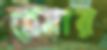
ব্রেমার